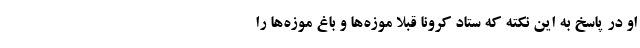
او در پاسخ به این نکته که ستاد کرونا قبلا موزه‌ها و باغ موزه‌ها را